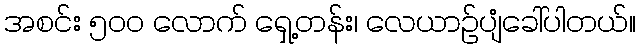
အစင်း ၅၀၀ လောက် ရှေ့တန်း၊ လေယာဉ်ပျံခေါ်ပါတယ်။